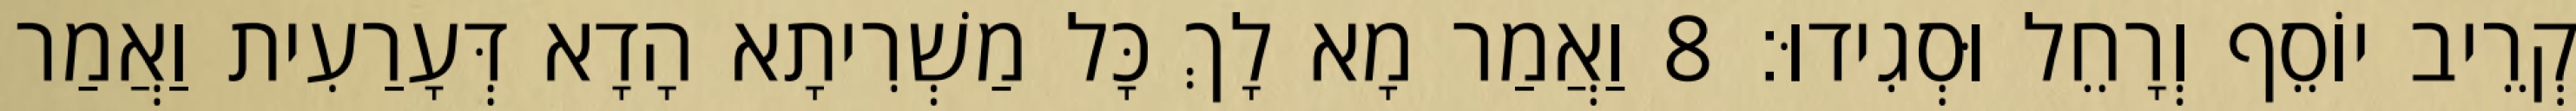
קְרֵיב יוֹסֵף וְרָחֵל וּסְגִידוּ׃ 8 וַאֲמַר מָא לָךְ כָּל מַשְׁרִיתָא הָדָא דְּעָרַעִית וַאֲמַר